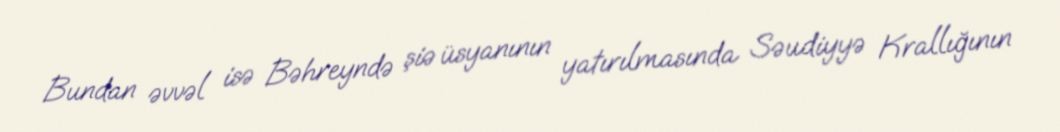
Bundan əvvəl isə Bəhreyndə şiə üsyanının yatırılmasında Səudiyyə Krallığının